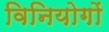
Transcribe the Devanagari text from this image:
विनियोगों